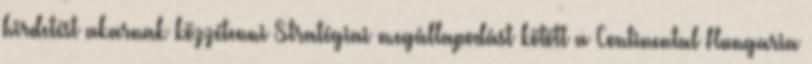
hirdetést akarnak közzétenni Stratégiai megállapodást kötött a Continental Hungaria